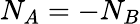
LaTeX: N_{A}=-N_{B}